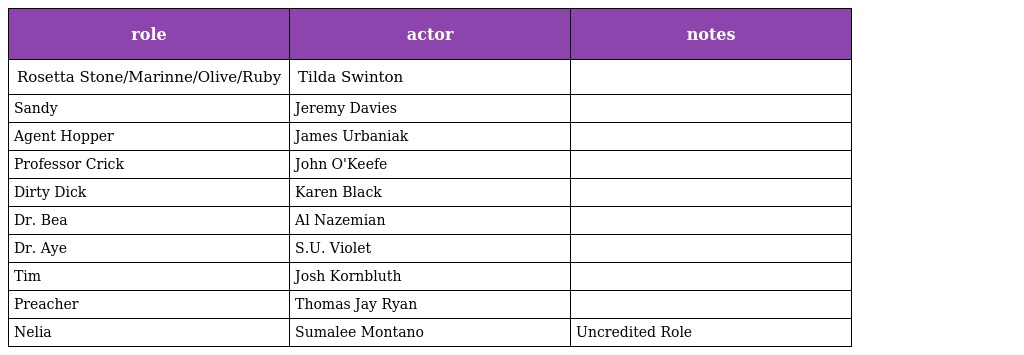
| role | actor | notes |
 | --- | --- | --- |
 | Rosetta Stone/Marinne/Olive/Ruby | Tilda Swinton |  |
 | Sandy | Jeremy Davies |  |
 | Agent Hopper | James Urbaniak |  |
 | Professor Crick | John O'Keefe |  |
 | Dirty Dick | Karen Black |  |
 | Dr. Bea | Al Nazemian |  |
 | Dr. Aye | S.U. Violet |  |
 | Tim | Josh Kornbluth |  |
 | Preacher | Thomas Jay Ryan |  |
 | Nelia | Sumalee Montano | Uncredited Role |